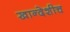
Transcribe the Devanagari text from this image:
खान्देशीच